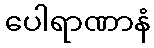
ပေါရာဏာနံ